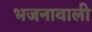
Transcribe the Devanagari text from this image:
भजनावाली